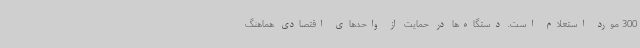
300 مورد استعلام است. دستگاه‌ها در حمایت از واحدهای اقتصادی هماهنگ